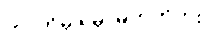
ဘာကိုမှ ရမှာမဟုတ်ဘူး